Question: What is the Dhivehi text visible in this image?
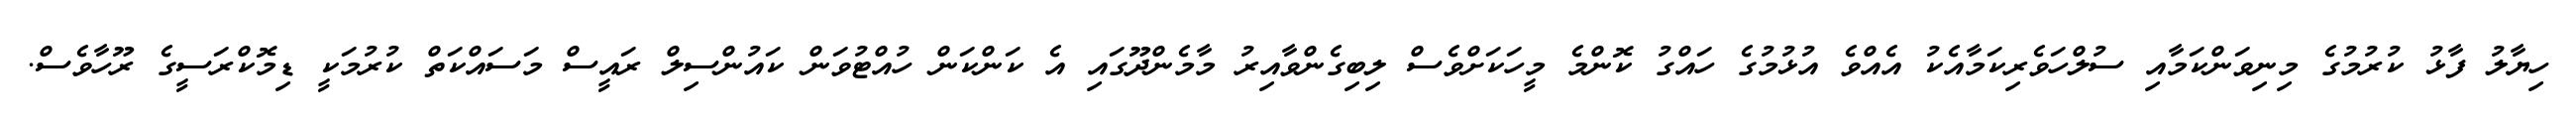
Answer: ހިޔާލު ފާޅު ކުރުމުގެ މިނިވަންކަމާއި ސުލްހަވެރިކަމާއެކު އެއްވެ އުޅުމުގެ ހައްގު ކޮންމެ މީހަކަށްވެސް ލިބިގެންވާއިރު މާމެންދޫގައި އެ ކަންކަން ހުއްޓުވަން ކައުންސިލް ރައީސް މަސައްކަތް ކުރުމަކީ ޑިމޮކްރަސީގެ ރޫހާވެސް.